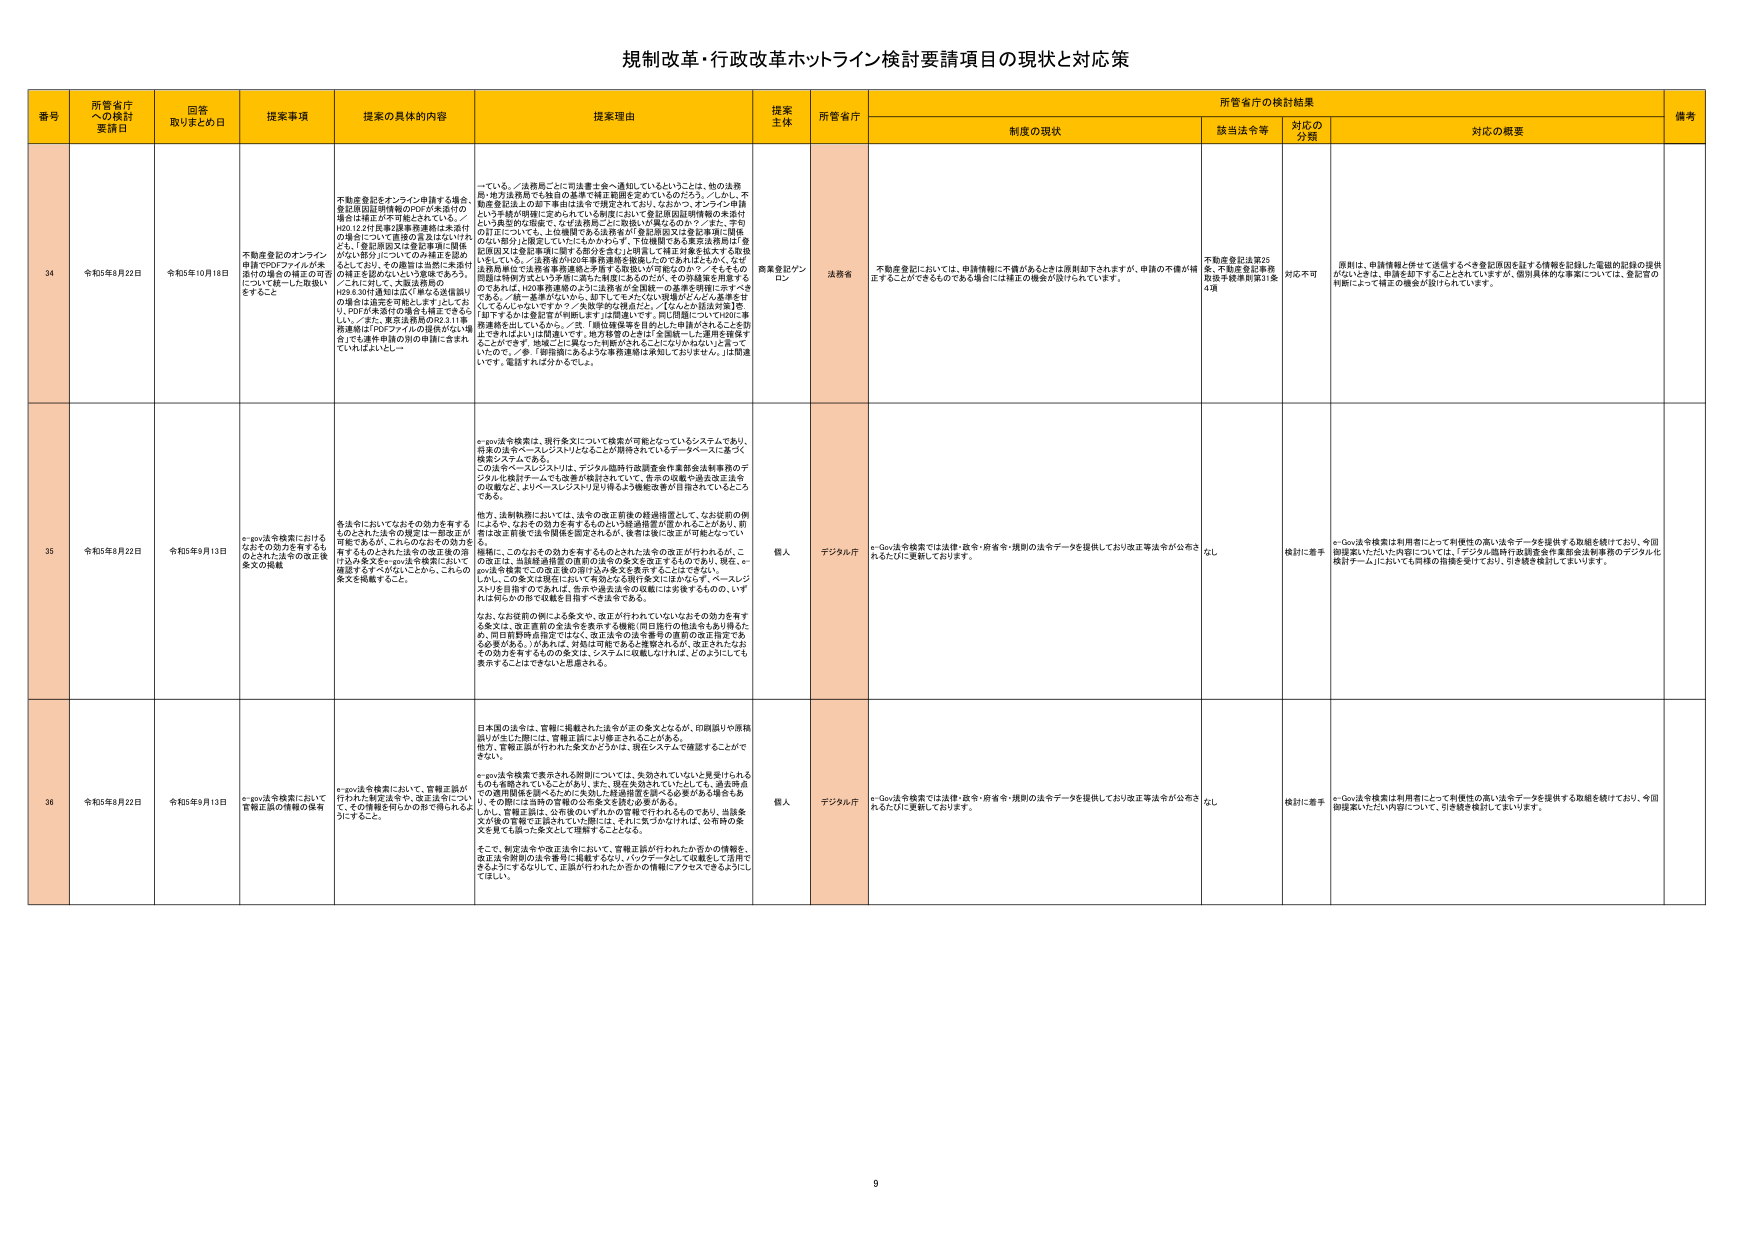
規制改革・行政改革ホットライン検討要請項目の現状と対応策

番号 所管省庁への検討要請日 回答取りまとめ日 提案事項 提案の具体的内容 提案理由 提案主体 所管省庁 制度の現状 所管省庁の検討結果 備考
該当法令等 対応の分類 対応の概要

34 令和5年8月22日 令和5年10月18日 不動産登記のオンライン申請でPDFファイルが未添付の場合の補正の可否について統一した取扱いをすること 不動産登記をオンライン申請する場合、登記原因証明書類のPDFが未添付の場合は補正が不可と記されている。H20.12.21住民登記課事務連絡は未添付の場合について「書類の真正は正にいわざる、登記原因又は登記事項に関係がない部分についての未補正を認めない」とあり、その趣旨は当然に未添付の補正を認めないという趣旨であろう。これに対して、文書法要領のH29.3.30付通知は正に「単なる虚偽記入の場合は追完を可能とします」としており、PDFが未添付の場合は補正できるという。／また、東京法務局のR2.3.11事務連絡がPDFファイルの提供がない場合でも連帯申請の別に申請に含まれていればよいとし… っている。／法務局ごとに司法書士会へ通知しているということは、他の法務省・地方法務局でも独自の基本方針を固め定めているのだろう。／しかし、不動産登記法上の御下書由来で規定されており、たとえかつ、オンライン申請という手続きが明確に定められている制度において登記原因証明書類の未添付という事実的な出来事（＝法的責任）に、数値1.10 補正なのか／？また、手号の訂正についても、上位機関である法務省が「登記原因又は登記事項に関係のない部分」に限定していいにもかかわらず、「印鑑欄である東京法務局は「登記原因又は登記事項に関わる部分を含む」と明言し、「補正対象と捉えず支給している」。／法務省がH20年事務連絡を撤廃したのであればはたらく、なぜ法務局が独自に独自の登記原因又は登記事項に関係のない部分を補正できると明言し、印鑑欄は特例方法という矛盾に満ちた制度にあるのだが、その分岐線を明書するのであれば、H20事務連絡のように法務省が全機関への通知を明確に示すべきである。／同一基準がないから、困ってしまうから、明確なからこそ基準をすくしてもらいたいですな？／失敗学的な視点だと、「なんとかは法的実行を」図りますかは登記官が判断します。上位機関ですす、同じ問題についてH20に事務連絡を出しているから、／更、「順位確保等を目的として申請がされることが防止できればよい」と問題として、地方財務のときは「全連絡→した運用を確保することができる」地域ごとに異なった判断がされることがないかねないと言っていただいて、／参考「御指摘にあるような事務連絡は未知しておりません。」は関連してず、返答すれば分かるでしょう。 商業登記プランロン 法務省 不動産登記においては、申請情報に不備があるときは原則却下されますが、申請の不備が補正することができるものである場合には補正の機会が設けられています。 不動産登記法第25条、不動産登記事務取扱手続準則第31条4項 対応不可 原則は、申請情報と併せて送信するべき登記原因を証する情報を記録した電磁的記録の提供がないときは、申請を却下することとされていますが、個別具体的な事案については、登記官の判断によって補正の機会が設けられています。

35 令和5年8月22日 令和5年9月13日 e-gov法令検索におけるなおその効力を有するものとされた法令の改正後条文の掲載 e-gov法令検索において、各法令においてなおその効力を有するものとされた法令の規定は一部改正が可能であるが、これらのなおその効力を有するものとされた法令の改正後の正はみを条文をe-gov法令検索において確認するすらがないことから、これらの条文を掲載すること。 e-gov法令検索は、現行条文について検索が可能となっているシステムであり、将来の法令ベースレジスト」となることが期待されているデータベースに基づく検索システムである。この法令ベースレジストは、デジタル臨時行政調査会作業部会法制度等のデジタル化検討チームでも改善が検討されていて、告示の収載や過去改正法令の収載など、よりベースレジストJ足り得るよう機能改善が目指されているところである。他方、法制執務においては、法令の改正前後の経過措置として、なお従前の例によるや、なおその効力を有するものという経過措置が定められることが多い。前者は改正前後で法令関係を部定されるが、後者は後に改正が可能となっている。後者には、このなおその効力を有するものとされた法令の改正が行われるが、e-gov法令検索にこの改正後の正の条文を表示するものでない。現在、e-gov法令検索にこの改正後の正の条文を表示することができない。しかし、この条文は現在において有効となる現行条文にはかならず、ベースレジストJを活用するのであれば、告示や過去法令の収載には発表するものの、いずれに何らかの形で収載を目指すべき法令である。なお、なお従前の例による条文や、改正が行われていないなおその効力を有する条文は、改正直前の条文を表示する機能（同日施行の他法令も含む場合など、同日施行法指定では、改正法令の法令番号の直前の改正規定である必要がある。）があれば、対処は可能であると推察されるが、改正されたなおその効力を有するものの条文は、システムに収載しなければ、どのようにしても表示することはできないと推察される。 個人 デジタル庁 e-Gov法令検索では法律・政令・府省令・規則の法令データを提供しており改正等法令が公布されるたびに更新しております。 なし 検討に着手 e-Gov法令検索は利用者にとって利便性の高い法令データを提供する取組を続けており、今回御提案いただいた内容については、「デジタル臨時行政調査会作業部会法制度等のデジタル化検討チーム」においても同様の指摘を受けており、引き続き検討してまいります。

36 令和5年8月22日 令和5年9月13日 e-gov法令検索において管轄正届の情報の保存 e-gov法令検索において、管轄正届が行われた制定法令や、改正法令について、その情報を明らかに形で得られるようにすること。 日本国の法令は、官報に掲載された法令が正の条文となるが、印刷誤りや原稿誤りが生じた際には、管轄正届により修正されることがある。他方、官報正届が行われた条文かどうかは、現在システムで確認することができない。 e-gov法令検索で表示される原則については、先発されていないと見受けられるものを省略されていることがあり、また、現在先発されていなくても、過去時点での使用関係を巡っているため先発した経過措置を除く必要がある場合もある。その際には当時の管轄の公布条文を読む必要がある。しかし、官報正届は、公布後の「オトコの言葉で行われる」のであり、当時条文が後の言葉で正されていた際には、それに対応がかけば、公表時の条文をあても思った条文として理解することとなる。そこで、制定法令や改正法令において、管轄正届が行われたか否かの情報を、改正法令関係の法令番号に掲載するなど、バックデータとして収載をして活用できるようにするなりして、正届が行われたか否かの情報にアクセスできるようにしてほしい。 個人 デジタル庁 e-Gov法令検索では法律・政令・府省令・規則の法令データを提供しており改正等法令が公布されるたびに更新しております。 なし 検討に着手 e-Gov法令検索は利用者にとって利便性の高い法令データを提供する取組を続けており、今回御提案いただいた内容について、引き続き検討してまいります。

9